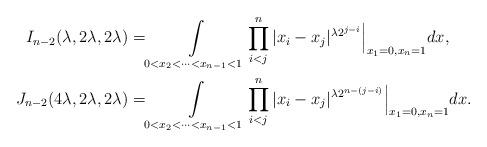
LaTeX: \begin{align*}I_{n-2}(\lambda, 2\lambda, 2\lambda) = & \int\limits_{0<x_2<\cdots<x_{n-1}<1} \prod_{i<j}^n |x_i-x_j|^{\lambda 2^{j-i}}\Big\vert_{x_1=0, x_n=1} dx, \\ J_{n-2}(4\lambda, 2\lambda, 2\lambda) = & \int\limits_{0<x_2<\cdots<x_{n-1}<1} \prod_{i<j}^n |x_i-x_j|^{\lambda 2^{n-(j-i)}} \Big\vert_{x_1=0, x_n=1}dx .\end{align*}